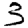
Digit: 3